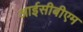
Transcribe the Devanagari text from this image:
आईसीबीएम